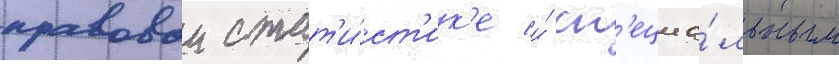
правовои стат'и́ст'ик'е и́ сп'ециа́льным